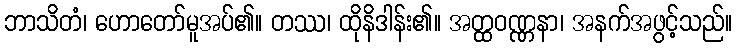
ဘာသိတံ၊ ဟောတော်မူအပ်၏။ တဿ၊ ထိုနိဒါန်း၏။ အတ္ထဝဏ္ဏနာ၊ အနက်အဖွင့်သည်။